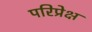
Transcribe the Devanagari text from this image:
परिप्रेक्ष